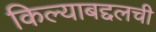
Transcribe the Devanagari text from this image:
किल्याबद्दलची